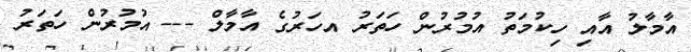
އާމާލު އާއި ހިކުމަތު އުމުރުން ހަތަރު އހަރުގެ އާމާލް --- އުމުރުން ހަތަރު